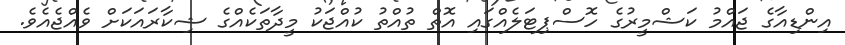
އިންޑިއާގެ ޖައްމު ކަޝްމީރުގެ ހޮސްޕިޓަލެއްގައި އޮތް ތުއްތު ކުއްޖަކު މީދާތަކެއްގެ ޝިކާރައަކަށް ވެއްޖެއެވެ.